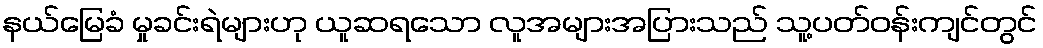
နယ်မြေခံ မှုခင်းရဲများဟု ယူဆရသော လူအများအပြားသည် သူ့ပတ်ဝန်းကျင်တွင်